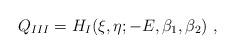
LaTeX: \begin{align*}Q_{III}= H_I(\xi,\eta;-E,\beta_1,\beta_2)\ ,\end{align*}